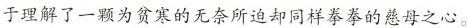
于理解了一颗为贫寒的无奈所迫却同样拳拳的慈母之心。